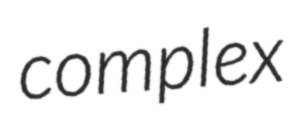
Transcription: complex